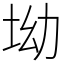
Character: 坳